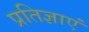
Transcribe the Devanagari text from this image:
प्रतिज्ञाएं